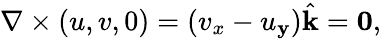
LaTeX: \nabla\times(u,v,0)=(v_{x}-u_{\mathbf{y}}){\hat{{\mathbf{{k}}}}}=\mathbf{{0}},